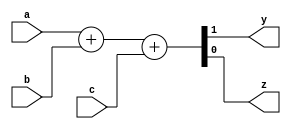
//soma 3 bits a, b e c e retorna em dois bits
module binTripple_adder(a,b,c, y,z);
	input a, b, c;
	output y, z;
	assign {y,z} = a+b+c;
endmodule